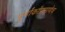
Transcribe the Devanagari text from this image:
पूर्णांकांप्रमाणेच